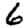
Digit: 6